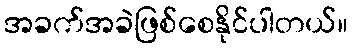
အခက်အခဲဖြစ်စေနိုင်ပါတယ်။